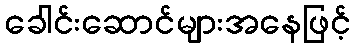
ခေါင်းဆောင်များအနေဖြင့်